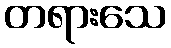
တရားသေ